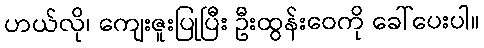
ဟယ်လို၊ ကျေးဇူးပြုပြီး ဦးထွန်းဝေကို ခေါ်ပေးပါ။